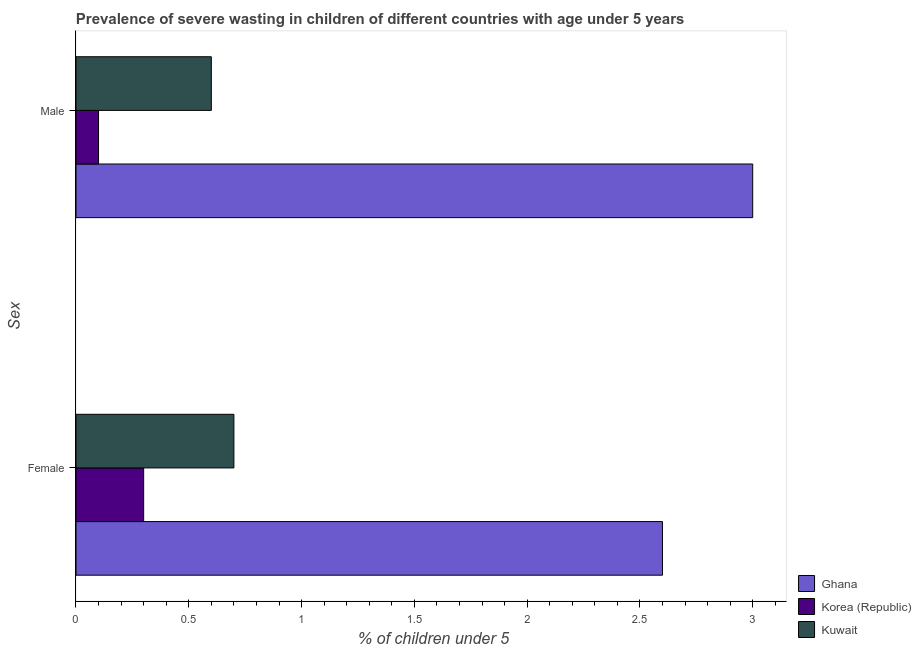
| Sex | Ghana | Korea (Republic) | Kuwait |
 | --- | --- | --- | --- |
 | Female | 2.6 | 0.3 | 0.7 |
 | Male | 3 | 0.1 | 0.6 |